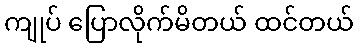
ကျုပ် ပြောလိုက်မိတယ် ထင်တယ်